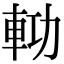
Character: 𨋝